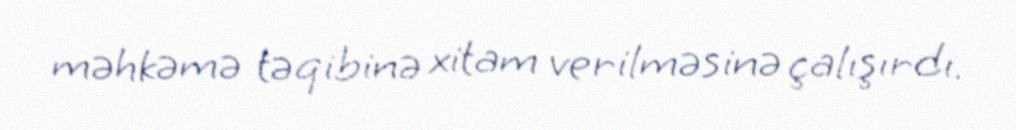
məhkəmə təqibinə xitam verilməsinə çalışırdı.